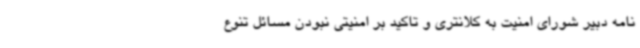
نامه دبیر شورای امنیت به کلانتری و تاکید بر امنیتی نبودن مسائل تنوع